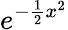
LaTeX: e^{-{\frac{1}{2}}x^{2}}